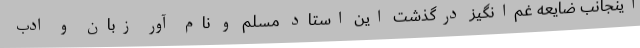
اینجانب ضایعه‌ غم‌انگیز درگذشت این استاد مسلم و نام آور زبان و ادب